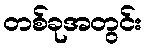
တစ်ခုအတွင်း